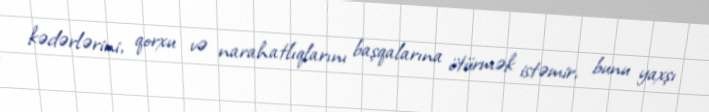
kədərlərini, qorxu və narahatlıqlarını başqalarına ötürmək istəmir, bunu yaxşı